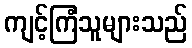
ကျင့်ကြံသူများသည်